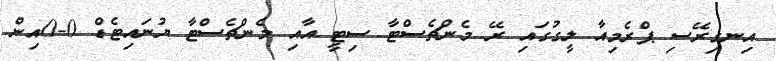
އިނގިރޭސި ޕްރެމިއާ ލީގުގައި ރޭ މެންޗެސްޓާ ސިޓީ އާއި މެންޗެސްޓާ ޔުނައިޓެޑް 0-0އިން